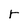
Character: r